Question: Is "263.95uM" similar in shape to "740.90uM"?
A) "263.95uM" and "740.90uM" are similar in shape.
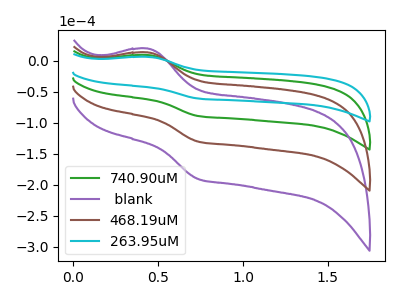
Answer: <think>The green curve "740.90uM" has an anodic peak at (0.45V, 9.10uA) and a cathodic peak at (0.75V, -89.15uA). The purple curve " blank" has an anodic peak at (0.45V, 27.30uA) and a cathodic peak at (0.75V, -267.50uA). The brown curve "468.19uM" has an anodic peak at (0.45V, 18.20uA) and a cathodic peak at (0.75V, -178.35uA). The cyan curve "263.95uM" has an anodic peak at (0.45V, 6.20uA) and a cathodic peak at (0.75V, -60.95uA).
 All the peaks in "263.95uM" have a peak in "740.90uM" at the same potential. Every peak in "263.95uM" is lower than every peak in "740.90uM".</think>
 <answer>A) "263.95uM" and "740.90uM" are similar in shape.</answer>
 <eval>A</eval>